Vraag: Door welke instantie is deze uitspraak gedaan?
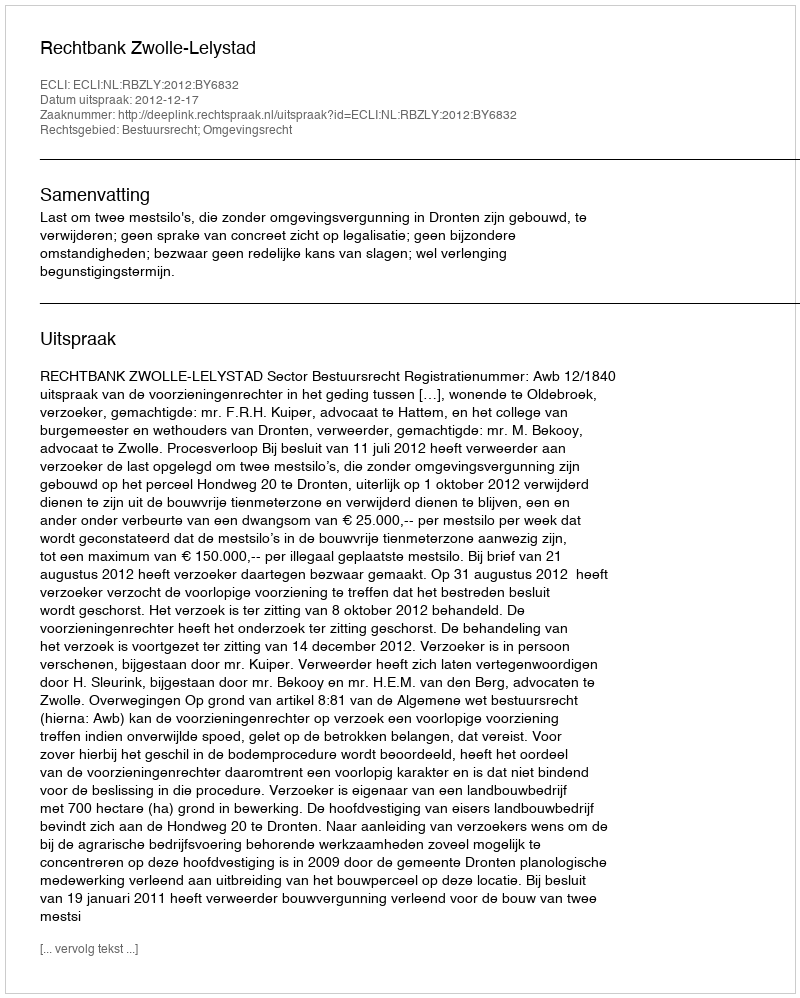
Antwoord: Rechtbank Zwolle-Lelystad